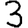
Digit: 3